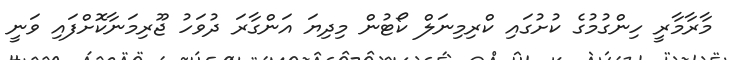
މާރާމާރީ ހިންގުމުގެ ކުށުގައި ކްރިމިނަލް ކޯޓުން މިދިޔަ އަންގާރަ ދުވަހު ޖޫރިމަނާކޮށްފައި ވަނީ